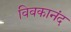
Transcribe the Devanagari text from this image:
विवकानंद